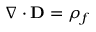
\nabla \cdot \mathbf { D } = \rho _ { f }